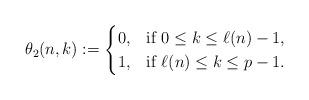
LaTeX: \begin{align*}\theta_{2}(n,k):=\begin{cases}0, & \mbox{if} \ 0\leq k\leq \ell(n)-1,\\1, & \mbox{if} \ \ell(n)\leq k\leq p-1.\end{cases}\end{align*}